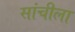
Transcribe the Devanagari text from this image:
सांचीला